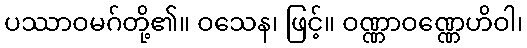
ပဿာဝမဂ်တို့၏။ ဝသေန၊ ဖြင့်။ ဝဏ္ဏာဝဏ္ဏေဟိဝါ၊